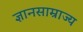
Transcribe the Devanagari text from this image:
ज्ञानसाम्राज्य